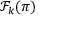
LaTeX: { \mathcal { F } } _ { k } ( \pi )